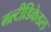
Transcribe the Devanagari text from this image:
मल्टीडिकेडल